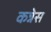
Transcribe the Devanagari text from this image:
कन्नेस